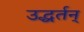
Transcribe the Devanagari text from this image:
उद्धर्तन्